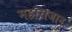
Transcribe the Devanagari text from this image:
महाराजान